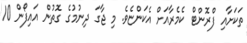
ތަކަށާއި ފްރޮންޓް ކެމެރާއަށް އެކަންޏެވެ. މި ޖާގަ ދިނުމުގެ ގޮތުން އައިފޯން 10